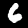
Digit: 6